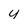
Character: y